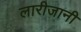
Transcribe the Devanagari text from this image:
लारीजानी